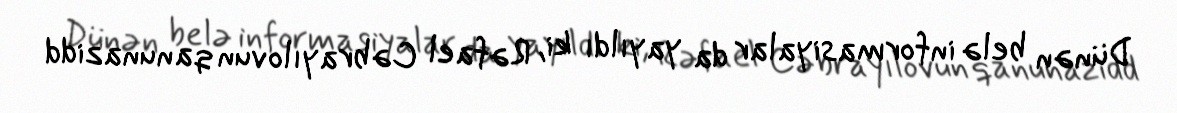
Dünən belə informasiyalar da yayıldı ki, Rəfael Cəbrayılovun qanunazidd